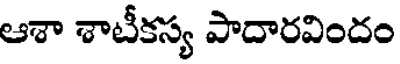
ఆశా శాటీకస్య పాదారవిందం